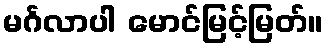
မင်္ဂလာပါ မောင်မြင့်မြတ်။